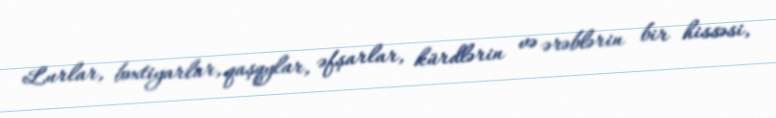
Lurlar, bəxtiyarlar, qaşqylar, əfşarlar, kürdlərin və ərəblərin bir hissəsi,